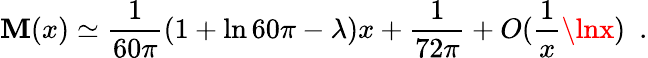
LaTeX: \mathbf{M}(x)\simeq{\frac{{1}}{{60\pi}}}(1+\ln60\pi-\lambda)x+{\frac{{1}}{{72\pi}}}+O({\frac{{1}}{{x}}}\lnx)~~.